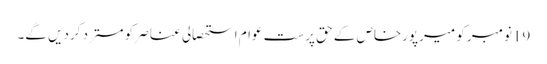
19نومبر کو میرپورخاص کے حق پرست عوام استحصالی عناصر کو مسترد کردیں گے۔